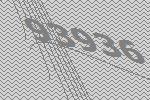
93936